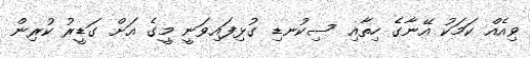
ވިއެއް ކަމަކު އޭނާގެ ހިތާއި ސިކުނޑި ގުޅިފައިވަނީ މީގެ އަށް ގަޑީރު ކުރިން